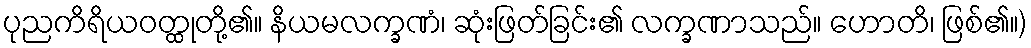
ပုညကိရိယဝတ္ထုတို့၏။ နိယမလက္ခဏံ၊ ဆုံးဖြတ်ခြင်း၏ လက္ခဏာသည်။ ဟောတိ၊ ဖြစ်၏။)